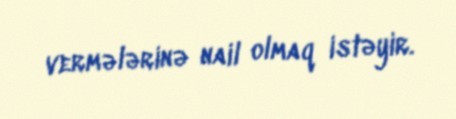
vermələrinə nail olmaq istəyir.